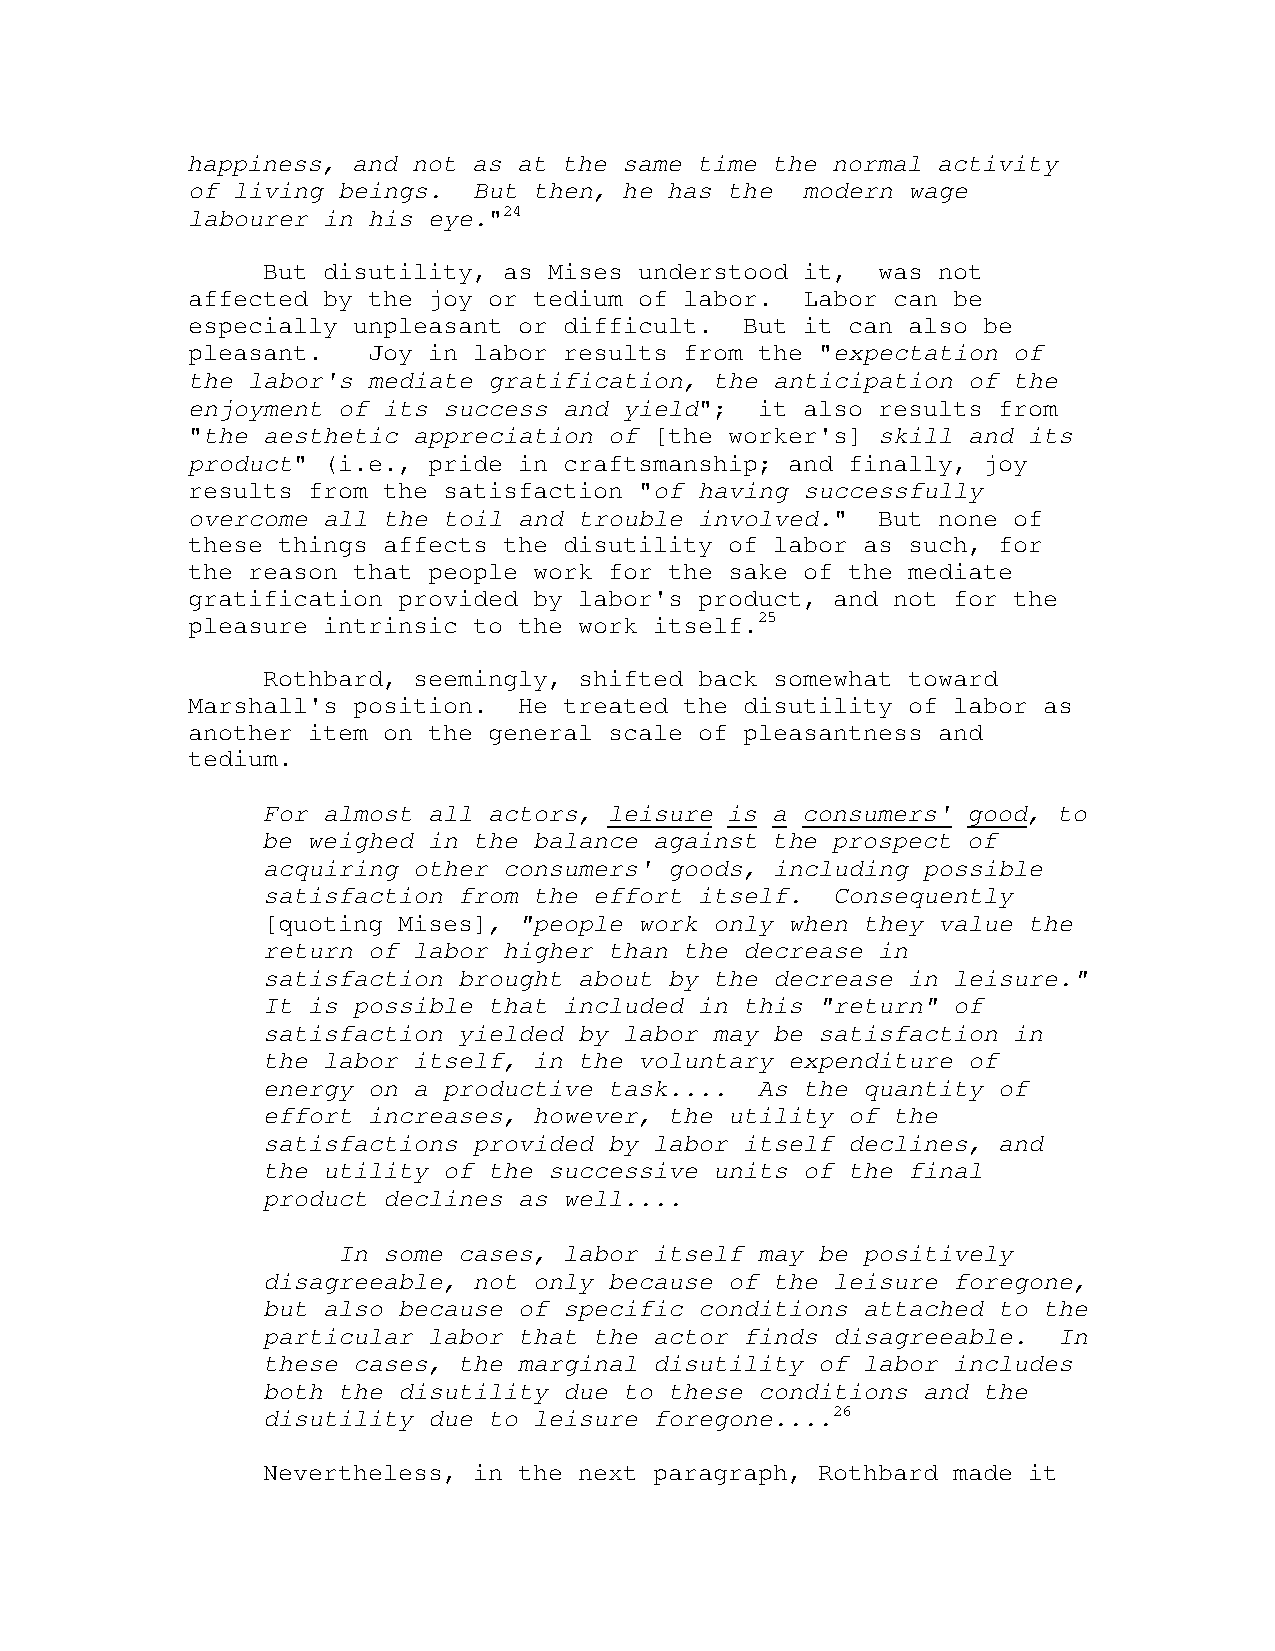
happiness, and not as at the same time the normal activity
 of living beings.  But then, he has the  modern wage
 labourer in his eye."24
 But disutility, as Mises understood it,  was not
 affected by the joy or tedium of labor.  Labor can be
 especially unpleasant or difficult.  But it can also be
 pleasant.   Joy in labor results from the "expectation of
 the labor's mediate gratification, the anticipation of the
 enjoyment of its success and yield";  it also results from
 "the aesthetic appreciation of [the worker's] skill and its
 product" (i.e., pride in craftsmanship; and finally, joy
 results from the satisfaction "of having successfully
 overcome all the toil and trouble involved."  But none of
 these things affects the disutility of labor as such, for
 the reason that people work for the sake of the mediate
 gratification provided by labor's product, and not for the
 pleasure intrinsic to the work itself.25
 Rothbard, seemingly, shifted back somewhat toward
 Marshall's position.  He treated the disutility of labor as
 another item on the general scale of pleasantness and
 tedium.
 For almost all actors, leisure is a consumers' good, to
 be weighed in the balance against the prospect of
 acquiring other consumers' goods, including possible
 satisfaction from the effort itself.  Consequently
 [quoting Mises], "people work only when they value the
 return of labor higher than the decrease in
 satisfaction brought about by the decrease in leisure."
 It is possible that included in this "return" of
 satisfaction yielded by labor may be satisfaction in
 the labor itself, in the voluntary expenditure of
 energy on a productive task....  As the quantity of
 effort increases, however, the utility of the
 satisfactions provided by labor itself declines, and
 the utility of the successive units of the final
 product declines as well....
 In some cases, labor itself may be positively
 disagreeable, not only because of the leisure foregone,
 but also because of specific conditions attached to the
 particular labor that the actor finds disagreeable.  In
 these cases, the marginal disutility of labor includes
 both the disutility due to these conditions and the
 disutility due to leisure foregone....26
 Nevertheless, in the next paragraph, Rothbard made it